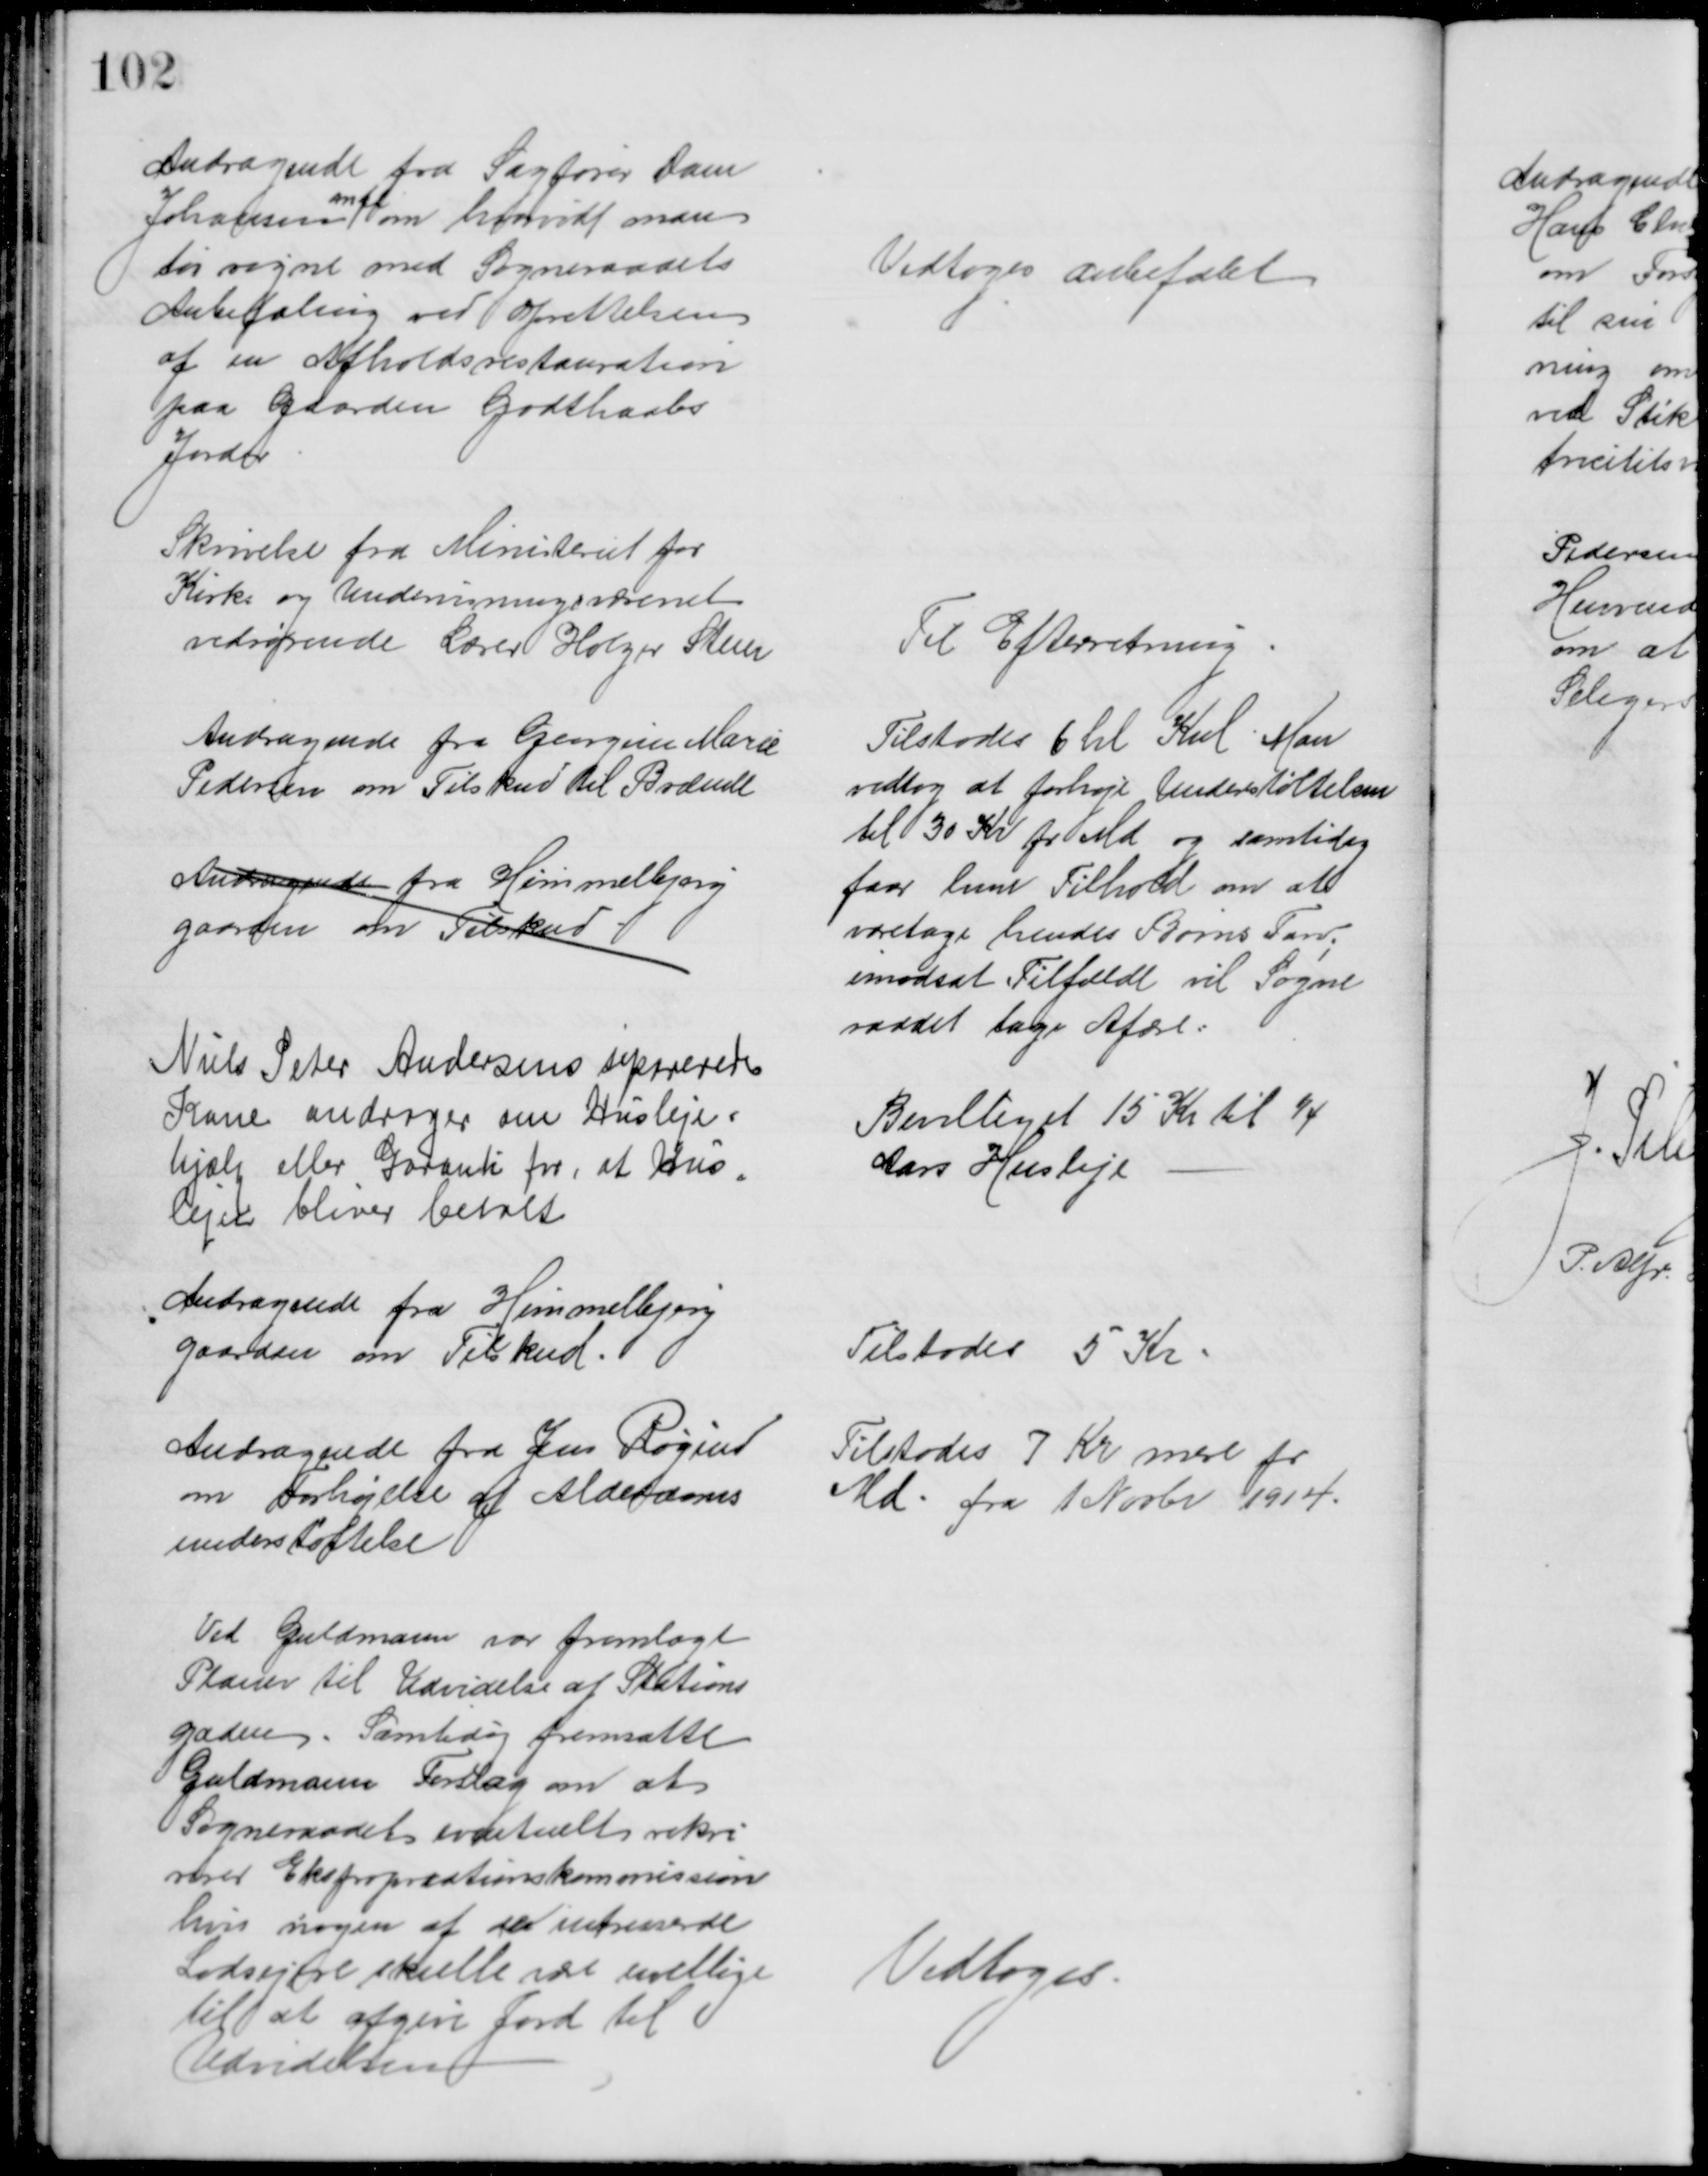
Transskription:
Andragende fra Sagfører Dam
Johansen 
mfl
om hvorvidt man
tør regne med Sogneraadets
Anbefaling ved Oprettelsen
af en Afholdsrestauration
paa Gaarden Godthaabs
Jorder
Vedtoges anbefalet
Skrivelse fra Ministeriet for
Kirke og Undervisningsvæsenet
vedrørende Lærer Holger Steen
Til Efterretning
Andragende fra Georgine Marie
Pedersen om Tilskud til Brænde
Tilstodes 6 hl Kul. Man
vedtog at forhøje Understøttelsen
til 30 Kr pr Md og samtidig
faar hun Tilhold om at
varetage hendes Børns Tarv;
imodsat Tilfælde vil Sogne
raadet tage Afære:
Andragende fra Himmelbjerg
gaarden om Tilskud
Niels Peter Andersens separerede
Kone andrager om Husleje=
hjælp eller Garanti for, at Hus=
lejen bliver betalt
Bevilliget 15 Kr til ¼
Aars Husleje
Andragende fra Himmelbjerg
gaarden om Tilskud.
Tilstodes 5 Kr
Andragende fra Jens Røgind
om Forhøjelse af Alderdoms
understøttelse
Tilstodes 7 Kr mere pr
Md. fra 1 Novbr 1914.
Ved Guldmann var fremlagt
Planer til Udvidelse af Stations
gaden. Samtidig fremsatte
Guldmann Forslag om at
Sogneraadet eventuelt rekvi
rerer Ekspropriationskommission
hvis nogen af de intresserede
Lodsejere skulle være uvillige
til at afgive Jord til
Udvidelsen
Vedtoges